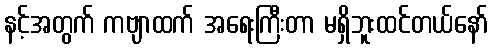
နင့်အတွက် ကဗျာထက် အရေးကြီးတာ မရှိဘူးထင်တယ်နော်